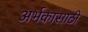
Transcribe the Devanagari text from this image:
अर्भकासाठी